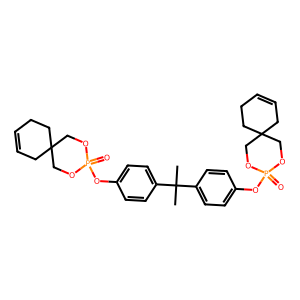
SMILES: CC(C)(c1ccc(OP2(=O)OCC3(CC=CCC3)CO2)cc1)c1ccc(OP2(=O)OCC3(CC=CCC3)CO2)cc1
Inhibits HIV replication: No